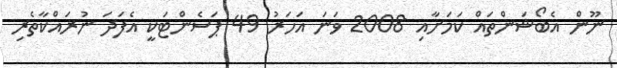
ނޫން އެބޯޝަންތައް ކަމަށާއި 2008 ވަނަ އަހަރު 49 ޕަސެންޓަކީ އެފަދަ ނުރައްކާތެރި